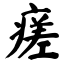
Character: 瘥